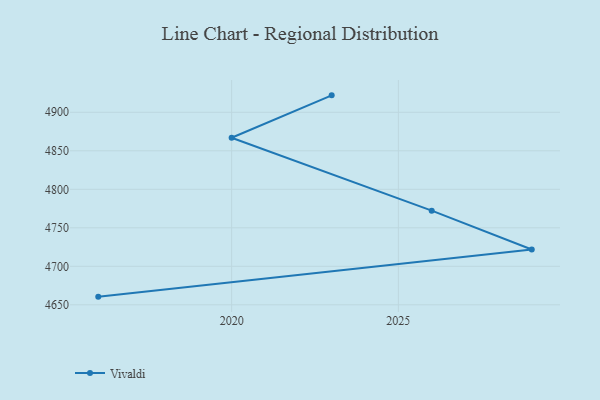
{"axis": {"x": "Year", "y": "Inventory Turnover"}, "legend": ["Vivaldi"], "data": [{"x": "2016", "y": 4660.6, "type": "Vivaldi"}, {"x": "2029", "y": 4721.8, "type": "Vivaldi"}, {"x": "2026", "y": 4772.3, "type": "Vivaldi"}, {"x": "2020", "y": 4866.9, "type": "Vivaldi"}, {"x": "2023", "y": 4922.0, "type": "Vivaldi"}]}